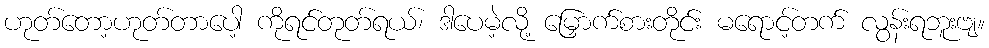
ဟုတ်တော့ဟုတ်တာပေါ့ ကိုရင်တုတ်ရယ်၊ ဒါပေမဲ့လို့ မြှောက်စားတိုင်း မရောင့်တက် လွန်းရဘူးဗျ။